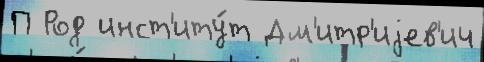
П Род инст'иту́т Дм'итр'иjев'ич